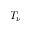
T _ { \nu }